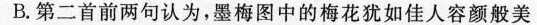
B.第二首前两句认为，墨梅图中的梅花犹如佳人容颜般美